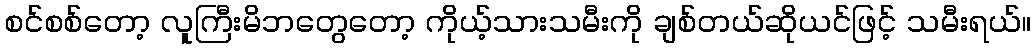
စင်စစ်တော့ လူကြီးမိဘတွေတော့ ကိုယ့်သားသမီးကို ချစ်တယ်ဆိုယင်ဖြင့် သမီးရယ်။